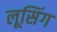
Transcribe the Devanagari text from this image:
लूसिंग